Newspaper: The Greenville times. [volume]
Place of publication: Greenville, Miss.
Publisher: [publisher not identified]
Date: 1900-10-13 00:00:00
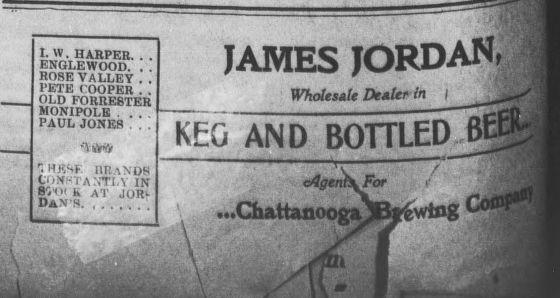
Advertisement text (OCR):
i. w. harper. . . enqlewood. . . rose valley . . l'ETE COOPER . . OLD FORRESTER MONIPOLE . . . . PAUL JONES . . . 1 " rlRE INtANDH CONSTANTLY IN 8V( b AT JOR. Dan s JAMES JORDAN, Wholes! Dealer In I KEG AND BOHLED cAgentFor ..Chattanor V iwlflg Cc r
Label: illustrations